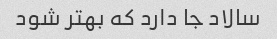
سالاد جا دارد که بهتر شود